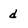
Character: d